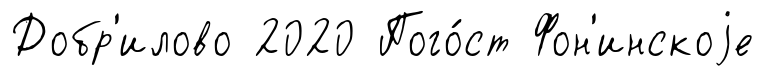
Добр'илово 2020 Пого́ст Фон'инскоjе